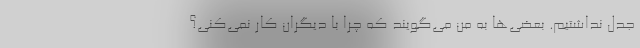
جدل نداشتیم. بعضی‌ها به من می‌گویند که چرا با دیگران کار نمی‌کنی؟